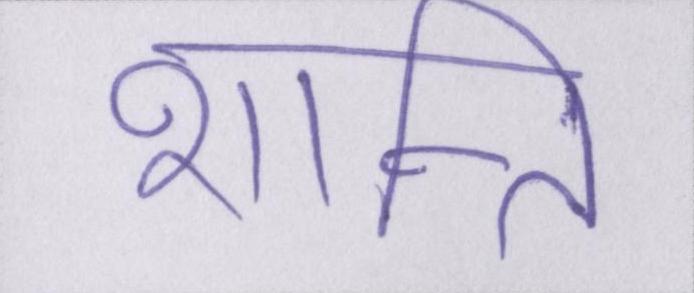
शान्ति